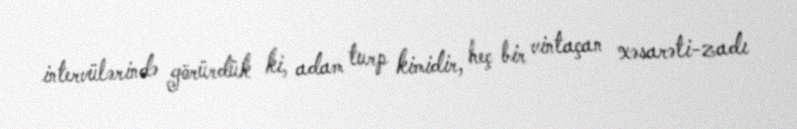
intervülərində görürdük ki, adam turp kimidir, heç bir vintaçan xəsarəti-zadı